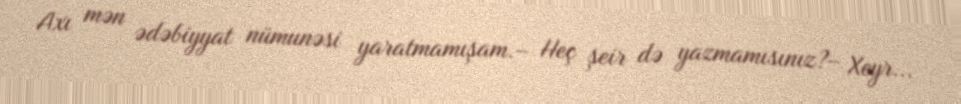
Axı mən ədəbiyyat nümunəsi yaratmamışam.– Heç şeir də yazmamısınız?– Xeyr...